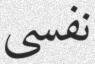
نفسى